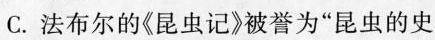
C.法布尔的《昆虫记》被誉为”昆虫的史